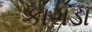
કાગડા